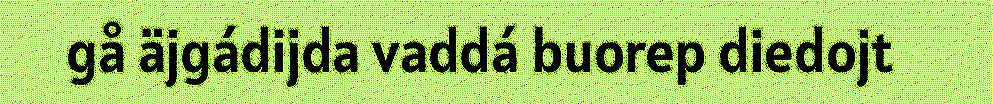
gå äjgádijda vaddá buorep diedojt